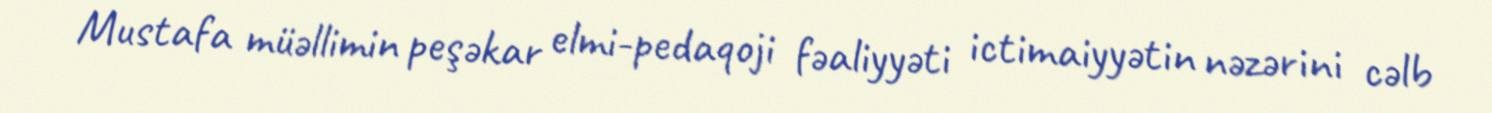
Mustafa müəllimin peşəkar elmi-pedaqoji fəaliyyəti ictimaiyyətin nəzərini cəlb